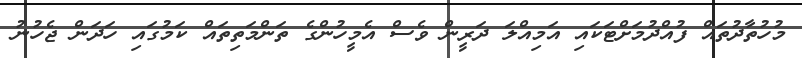
މުހުތާދުތައް ފުއްދުމަށްޓަކައި އަމިއްލަ ދަރީން ވެސް އެމީހުންގެ ތަންމަތިތައް ކަމުގައި ހަދަން ޖެހުނު